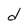
Character: d